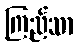
ကြည်သာ